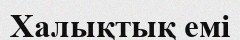
Халықтық емі